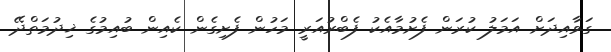
ގަވާއިދަށް އަމަލު ކުރަން ފެށުމާއެކު ފެބްރުއަރީ މަހުން ފެށިގެން ކެއިން ބުއިމުގެ ޚިދުމަތްދޭ